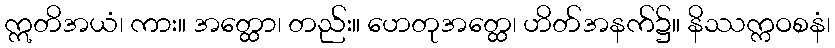
ဣတိအယံ၊ ကား။ အတ္ထော၊ တည်း။ ဟေတုအတ္ထေ၊ ဟိတ်အနက်၌။ နိဿက္ကဝစနံ၊